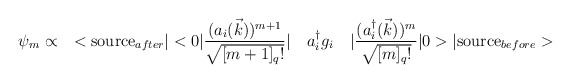
\begin{align*}{\psi}_m \propto\quad < \mbox{source}_{after}\vert<0\vert \frac{(a_i(\vec{k}))^{m+1}}{\sqrt{[m+1]_q!}}\vert \quad a^{\dagger}_i g_i \quad \vert\frac{(a^{\dagger}_i(\vec{k}))^m}{\sqrt{[m]_q!}}\vert 0>\vert \mbox{source}_{before}>\end{align*}